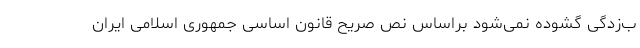
ب‌زدگی گشوده نمی‌شود براساس نص صریح قانون اساسی جمهوری اسلامی ایران